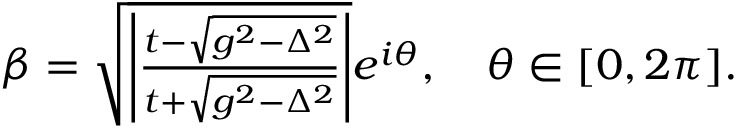
\begin{array} { r } { \beta = \sqrt { \left| \frac { t - \sqrt { g ^ { 2 } - \Delta ^ { 2 } } } { t + \sqrt { g ^ { 2 } - \Delta ^ { 2 } } } \right| } e ^ { i \theta } , \quad \theta \in [ 0 , 2 \pi ] . } \end{array}